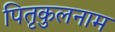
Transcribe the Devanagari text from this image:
पितृकुलनाम